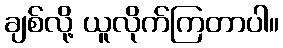
ချစ်လို့ ယူလိုက်ကြတာပါ။